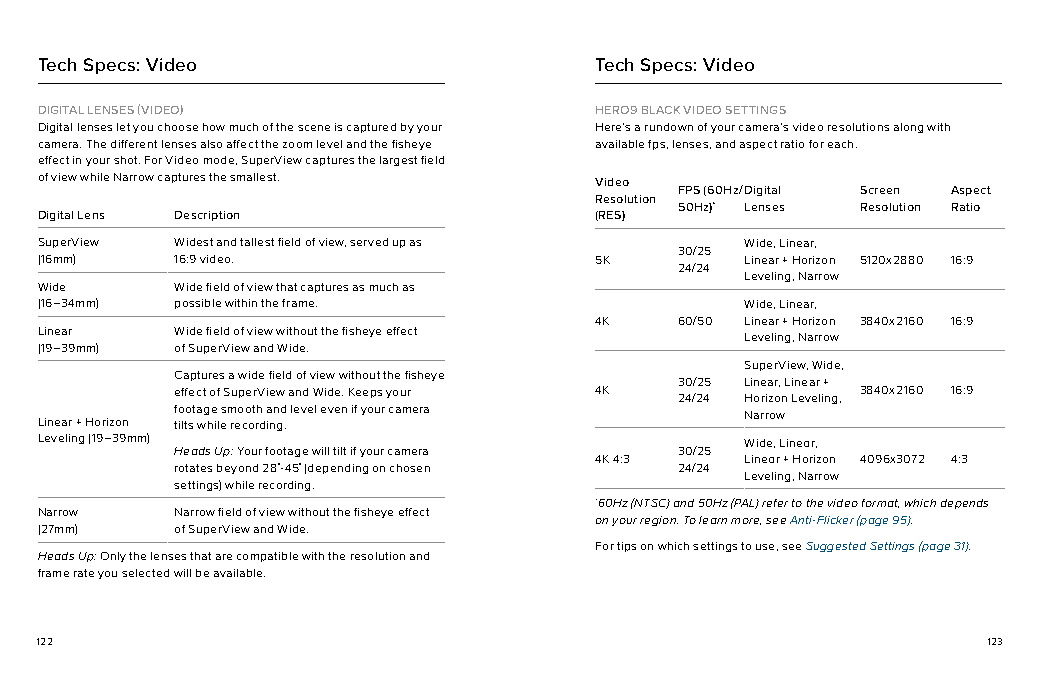
Tech Specs: Video                    Tech Specs: Video
 DIGITAL LENSES (VIDEO)               HERO9 BLACK VIDEO SETTINGS
 Digital lenses let you choose how much of the scene is captured by your Here’s a rundown of your camera’s video resolutions along with
 camera. The different lenses also affect the zoom level and the fisheye available fps, lenses, and aspect ratio for each.
 effect in your shot. For Video mode, SuperView captures the largest field
 of view while Narrow captures the smallest. Video
 FPS (60Hz/ Digital Screen Aspect
 Resolution
 50Hz)* Lenses Resolution Ratio
 Digital Lens Description             (RES)
 SuperView Widest and tallest field of view, served up as Wide, Linear,
 30/25
 (16mm)    16:9 video.                5K        Linear + Horizon 5120x2880 16:9
 24/24
 Leveling, Narrow
 Wide      Wide field of view that captures as much as
 (16–34mm) possible within the frame.           Wide, Linear,
 4K    60/50 Linear + Horizon 3840x2160 16:9
 Linear    Wide field of view without the fisheye effect
 Leveling, Narrow
 (19–39mm) of SuperView and Wide.
 SuperView, Wide,
 Captures a wide field of view without the fisheye
 30/25 Linear, Linear +
 effect of SuperView and Wide. Keeps your 4K  3840x2160 16:9
 24/24 Horizon Leveling,
 footage smooth and level even if your camera
 Narrow
 Linear + Horizon tilts while recording.
 Leveling (19–39mm)                             Wide, Linear,
 Heads Up: Your footage will tilt if your camera 30/25
 4K 4:3    Linear + Horizon 4096x3072 4:3
 rotates beyond 28°-45° (depending on chosen 24/24
 Leveling, Narrow
 settings) while recording.
 *60Hz (NTSC) and 50Hz (PAL) refer to the video format, which depends
 Narrow    Narrow field of view without the fisheye effect
 on your region. To learn more, see Anti-Flicker (page 95).
 (27mm)    of SuperView and Wide.
 For tips on which settings to use, see Suggested Settings (page 31).
 Heads Up: Only the lenses that are compatible with the resolution and
 frame rate you selected will be available.
 122                                                            123